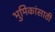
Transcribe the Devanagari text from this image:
भुमिकांसाठी